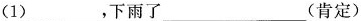
(1)___，下雨了___（肯定）